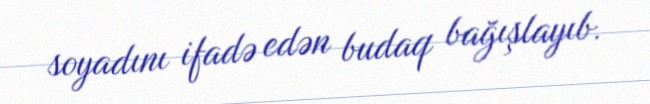
soyadını ifadə edən budaq bağışlayıb.